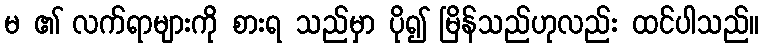
မ ၏ လက်ရာများကို စားရ သည်မှာ ပို၍ မြိန်သည်ဟုလည်း ထင်ပါသည်။